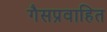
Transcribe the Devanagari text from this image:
गैसप्रवाहित